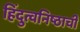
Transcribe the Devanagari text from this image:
हिंदुत्वनिष्ठाची